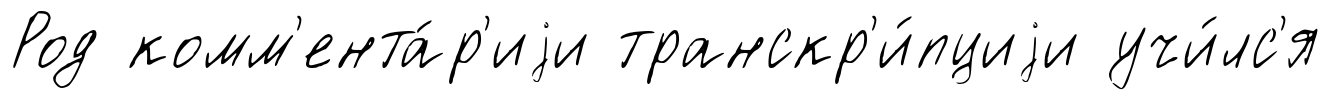
Род комм'ента́р'иjи транскр'и́пциjи учи́лс'я